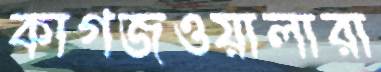
কাগজওয়ালারা